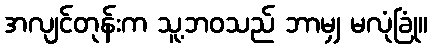
အလျင်တုန်းက သူ့ဘဝသည် ဘာမျှ မလုံခြုံ။